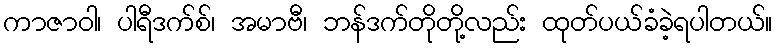
ကာဇာဝါ၊ ပါရီဒက်စ်၊ အမာဗီ၊ ဘန်ဒက်တိုတို့လည်း ထုတ်ပယ်ခံခဲ့ရပါတယ်။